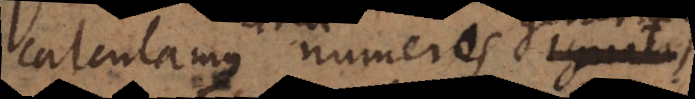
calculamus numeris ignotis;